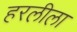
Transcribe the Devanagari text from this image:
हरलीला